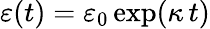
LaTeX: \varepsilon(t)=\varepsilon_{0}\exp(\kappa\, t)